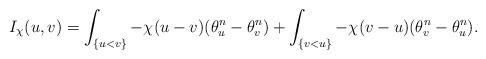
LaTeX: \begin{align*}I_{\chi}(u, v)=\int_{\{u<v\}}-\chi(u-v)(\theta_u^n-\theta_v^n)+\int_{\{v<u\}}-\chi(v-u)(\theta_v^n-\theta_u^n).\end{align*}